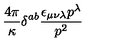
\frac { 4 \pi } { \kappa } \delta ^ { a b } \frac { \epsilon _ { \mu \nu \lambda } p ^ { \lambda } } { p ^ { 2 } }